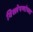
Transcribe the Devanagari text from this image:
विश्लेषणांच्या